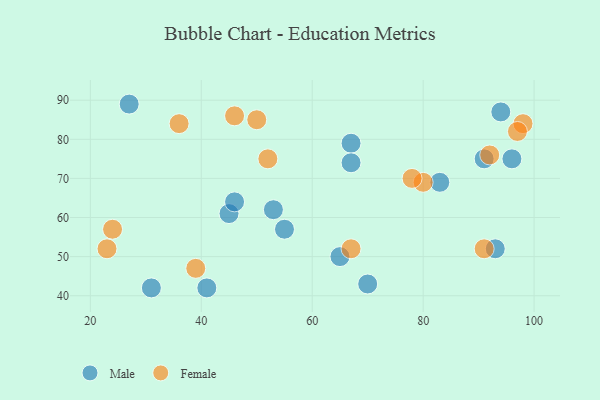
{"axis": {"x": "GDP", "y": "Life Expectancy"}, "legend": ["Female", "Male"], "data": [{"x": "96", "y": 75, "type": "Male"}, {"x": "67", "y": 79, "type": "Male"}, {"x": "94", "y": 87, "type": "Male"}, {"x": "70", "y": 43, "type": "Male"}, {"x": "67", "y": 74, "type": "Male"}, {"x": "55", "y": 57, "type": "Male"}, {"x": "83", "y": 69, "type": "Male"}, {"x": "27", "y": 89, "type": "Male"}, {"x": "93", "y": 52, "type": "Male"}, {"x": "45", "y": 61, "type": "Male"}, {"x": "65", "y": 50, "type": "Male"}, {"x": "31", "y": 42, "type": "Male"}, {"x": "53", "y": 62, "type": "Male"}, {"x": "91", "y": 75, "type": "Male"}, {"x": "41", "y": 42, "type": "Male"}, {"x": "46", "y": 64, "type": "Male"}, {"x": "36", "y": 84, "type": "Female"}, {"x": "67", "y": 52, "type": "Female"}, {"x": "50", "y": 85, "type": "Female"}, {"x": "80", "y": 69, "type": "Female"}, {"x": "98", "y": 84, "type": "Female"}, {"x": "78", "y": 70, "type": "Female"}, {"x": "92", "y": 76, "type": "Female"}, {"x": "46", "y": 86, "type": "Female"}, {"x": "39", "y": 47, "type": "Female"}, {"x": "52", "y": 75, "type": "Female"}, {"x": "23", "y": 52, "type": "Female"}, {"x": "91", "y": 52, "type": "Female"}, {"x": "24", "y": 57, "type": "Female"}, {"x": "97", "y": 82, "type": "Female"}]}